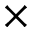
\times